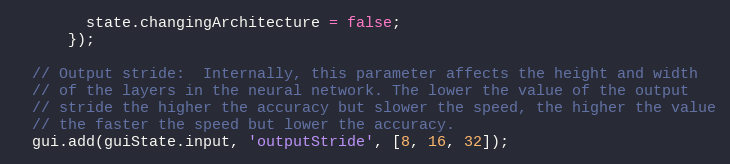
Language: JavaScript
        state.changingArchitecture = false;
      });

  // Output stride:  Internally, this parameter affects the height and width
  // of the layers in the neural network. The lower the value of the output
  // stride the higher the accuracy but slower the speed, the higher the value
  // the faster the speed but lower the accuracy.
  gui.add(guiState.input, 'outputStride', [8, 16, 32]);